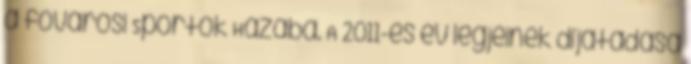
a fővárosi Sportok Házába. A 2011-es év legjeinek díjátadása